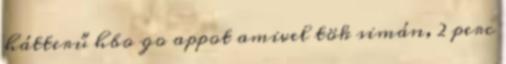
hátterű hbo go appot amivel tök simán, 2 perc